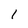
Character: 1